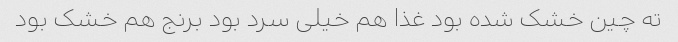
ته چین خشک شده بود غذا هم خیلی سرد بود برنج هم خشک بود